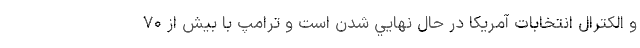
و الكترال انتخابات آمريكا در حال نهايي شدن است و ترامپ با بیش از ۷۰